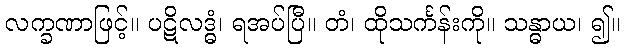
လက္ခဏာဖြင့်။ ပဋိလဒ္ဓံ၊ ရအပ်ပြီ။ တံ၊ ထိုသင်္ကန်းကို။ သန္ဓာယ၊ ၍။